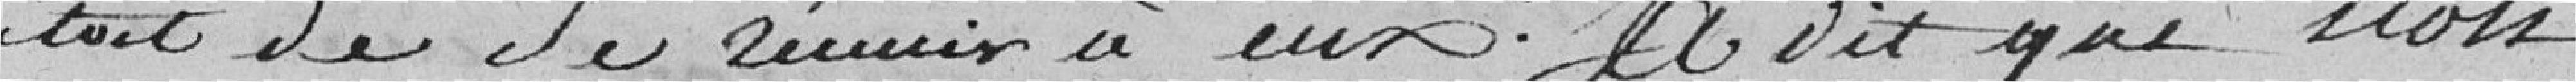
était de se réunir à eux; a dit que non.